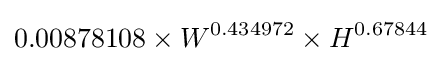
0.00878108\times W^{0.434972}\times H^{0.67844}